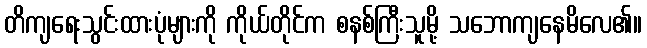
တိကျရေးသွင်းထားပုံများကို ကိုယ်တိုင်က စနစ်ကြီးသူမို့ သဘောကျနေမိလေ၏။